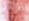
أسنانه